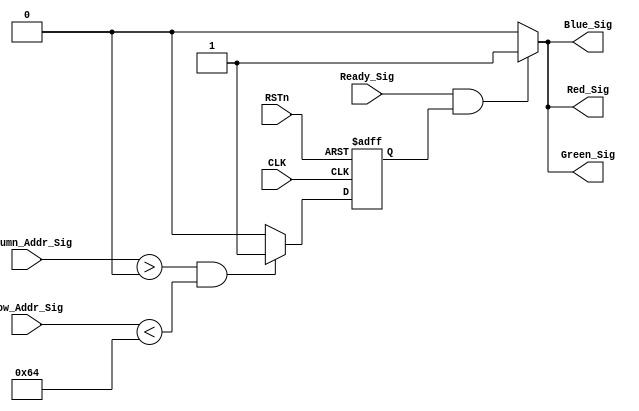
// Red, Green, Blue 
//xy
//vga_control_module.v 
module vga_control_module
(
    CLK, RSTn,
	 Ready_Sig, Column_Addr_Sig, Row_Addr_Sig,
	 Red_Sig, Green_Sig, Blue_Sig
);
    input CLK;
	 input RSTn;
	 input Ready_Sig;
	 input [10:0]Column_Addr_Sig;
	 input [10:0]Row_Addr_Sig;
	 output Red_Sig;
	 output Green_Sig;
	 output Blue_Sig;
	 
	 /**********************************/
	 
	 reg isRectangle;				//
	 
	 always @ ( posedge CLK or negedge RSTn )
	     if( !RSTn )
		      isRectangle <= 1'b0;
		  else if( Column_Addr_Sig > 11'd0 && Row_Addr_Sig < 11'd100 )
            isRectangle <= 1'b1;
		  else
		      isRectangle <= 1'b0;
				
	/************************************/
				
	 assign Red_Sig = Ready_Sig && isRectangle ? 1'b1 : 1'b0;
	 assign Green_Sig = Ready_Sig && isRectangle ? 1'b1 : 1'b0;
	 assign Blue_Sig = Ready_Sig && isRectangle ? 1'b1 : 1'b0;
	 
	/***********************************/
	 

endmodule